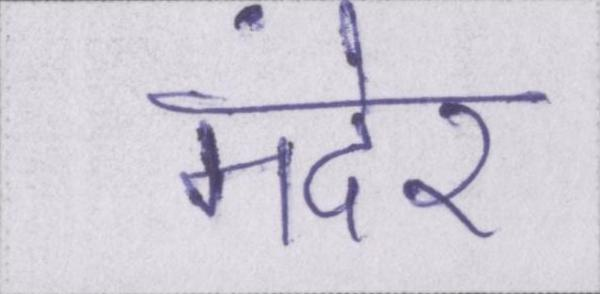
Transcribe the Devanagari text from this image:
मंदेर